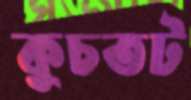
কুচতট